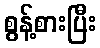
စွန့်စားပြီး